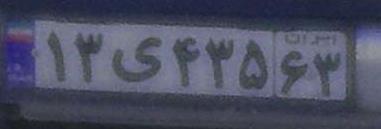
۱۳ی۴۳۵۶۳